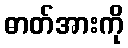
ဓာတ်အားကို